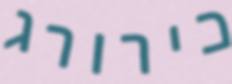
כירורג